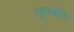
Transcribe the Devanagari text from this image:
मूलकीय